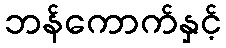
ဘန်ကောက်နှင့်